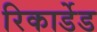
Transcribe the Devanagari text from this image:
रिकार्डेड